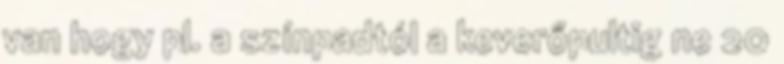
van hogy pl. a színpadtól a keverőpultig ne 20